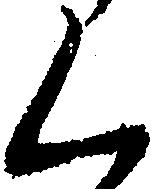
く